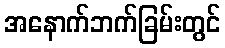
အနောက်ဘက်ခြမ်းတွင်